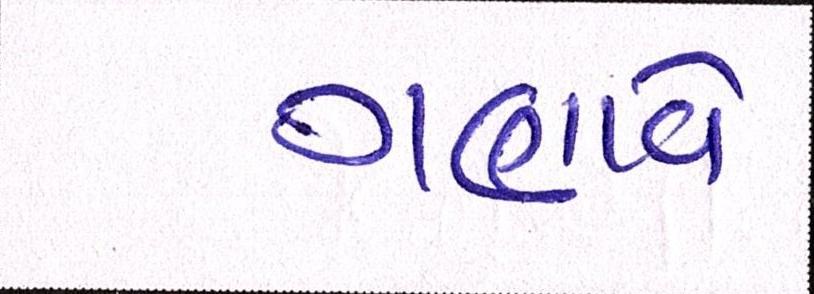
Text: ગણાવે